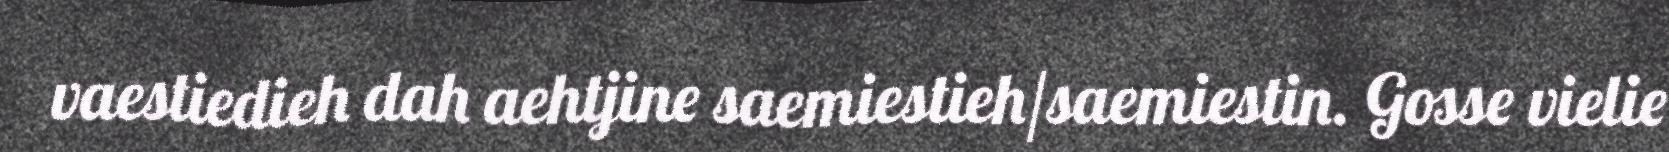
vaestiedieh dah aehtjine saemiestieh/saemiestin. Gosse vielie